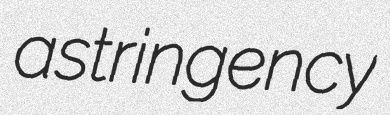
astringency